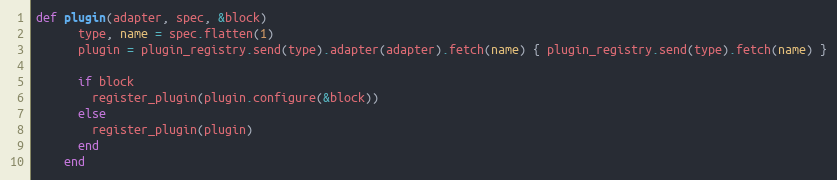
Language: Ruby
def plugin(adapter, spec, &block)
      type, name = spec.flatten(1)
      plugin = plugin_registry.send(type).adapter(adapter).fetch(name) { plugin_registry.send(type).fetch(name) }

      if block
        register_plugin(plugin.configure(&block))
      else
        register_plugin(plugin)
      end
    end